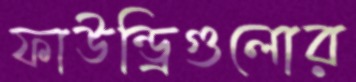
ফাউন্ড্রিগুলোর